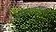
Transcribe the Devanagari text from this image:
सेन्सटायझेशन